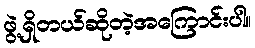
ဖွဲ့ရှိတယ်ဆိုတဲ့အကြောင်းပါ။